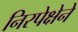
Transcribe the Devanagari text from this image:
निरपेक्षेने